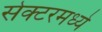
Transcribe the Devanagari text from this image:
सेक्टरमध्ये